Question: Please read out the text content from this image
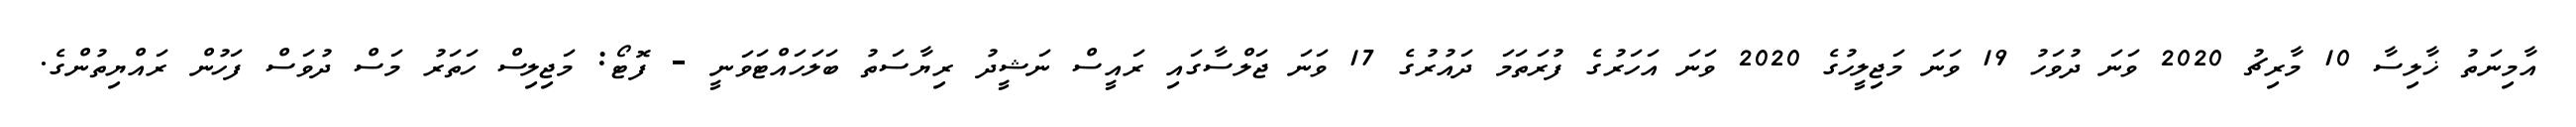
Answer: އާމިނަތު ޚާލިސާ 10 މާރިޗު 2020 ވަނަ ދުވަހު 19 ވަނަ މަޖިލީހުގެ 2020 ވަނަ އަހަރުގެ ފުރަތަމަ ދައުރުގެ 17 ވަނަ ޖަލްސާގައި ރައީސް ނަޝީދު ރިޔާސަތު ބަލަހައްޓަވަނީ - ފޮޓޯ: މަޖިލިސް ހަތަރު މަސް ދުވަސް ފަހުން ރައްޔިތުންގެ.